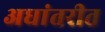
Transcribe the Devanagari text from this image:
अधांतरीत